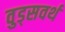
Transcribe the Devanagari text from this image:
वुड्सवर्थ